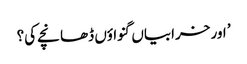
’ اور خرابیاں گنواؤں ڈھانچے کی؟